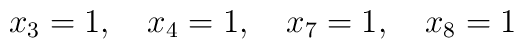
x_3=1,\quad x_4=1,\quad x_7=1,\quad x_8=1